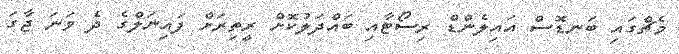
މެޗްގައި ބަނޑޮސް އައިލެންޑް ރިސޯޓާއި ބައްދަލުކޮށް ރީތިރަށް ފައިނަލްގެ ދެ ވަނަ ޖާގަ